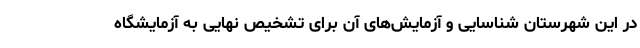
در این شهرستان شناسایی و آزمایش‌های آن برای تشخیص نهایی به آزمایشگاه